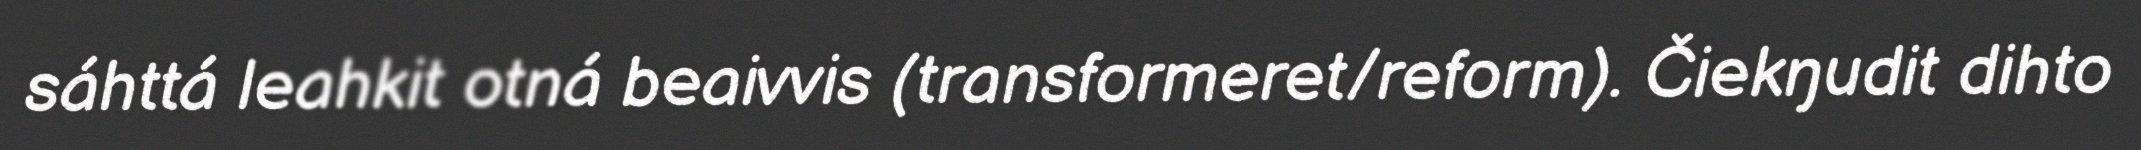
sáhttá leahkit otná beaivvis (transformeret/reform). Čiekŋudit dihto